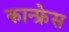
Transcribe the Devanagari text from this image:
कान्फ्रेस